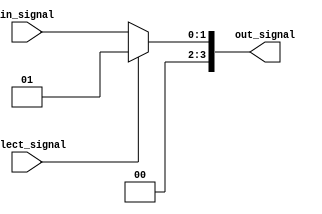
module demux_2to4 (
    input [1:0] in_signal,
    input select_signal,
    output [3:0] out_signal
);

assign out_signal = (select_signal) ? 4'b0001 : in_signal;

endmodule